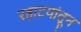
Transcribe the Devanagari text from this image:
रहाटयांतून